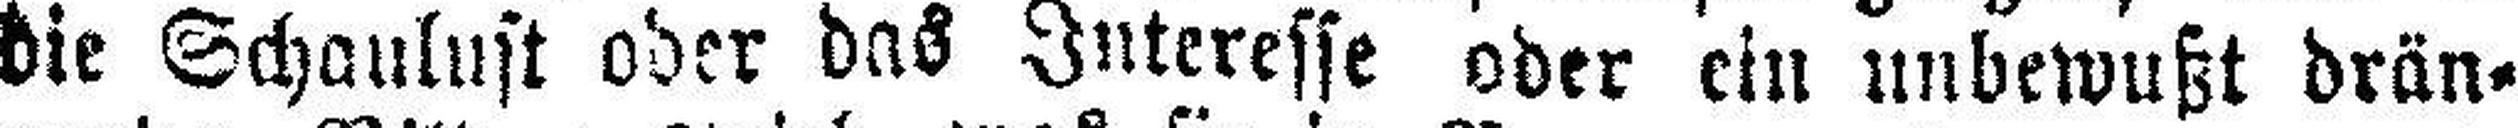
die Schaulust oder das Interesse oder ein unbewußt drän¬